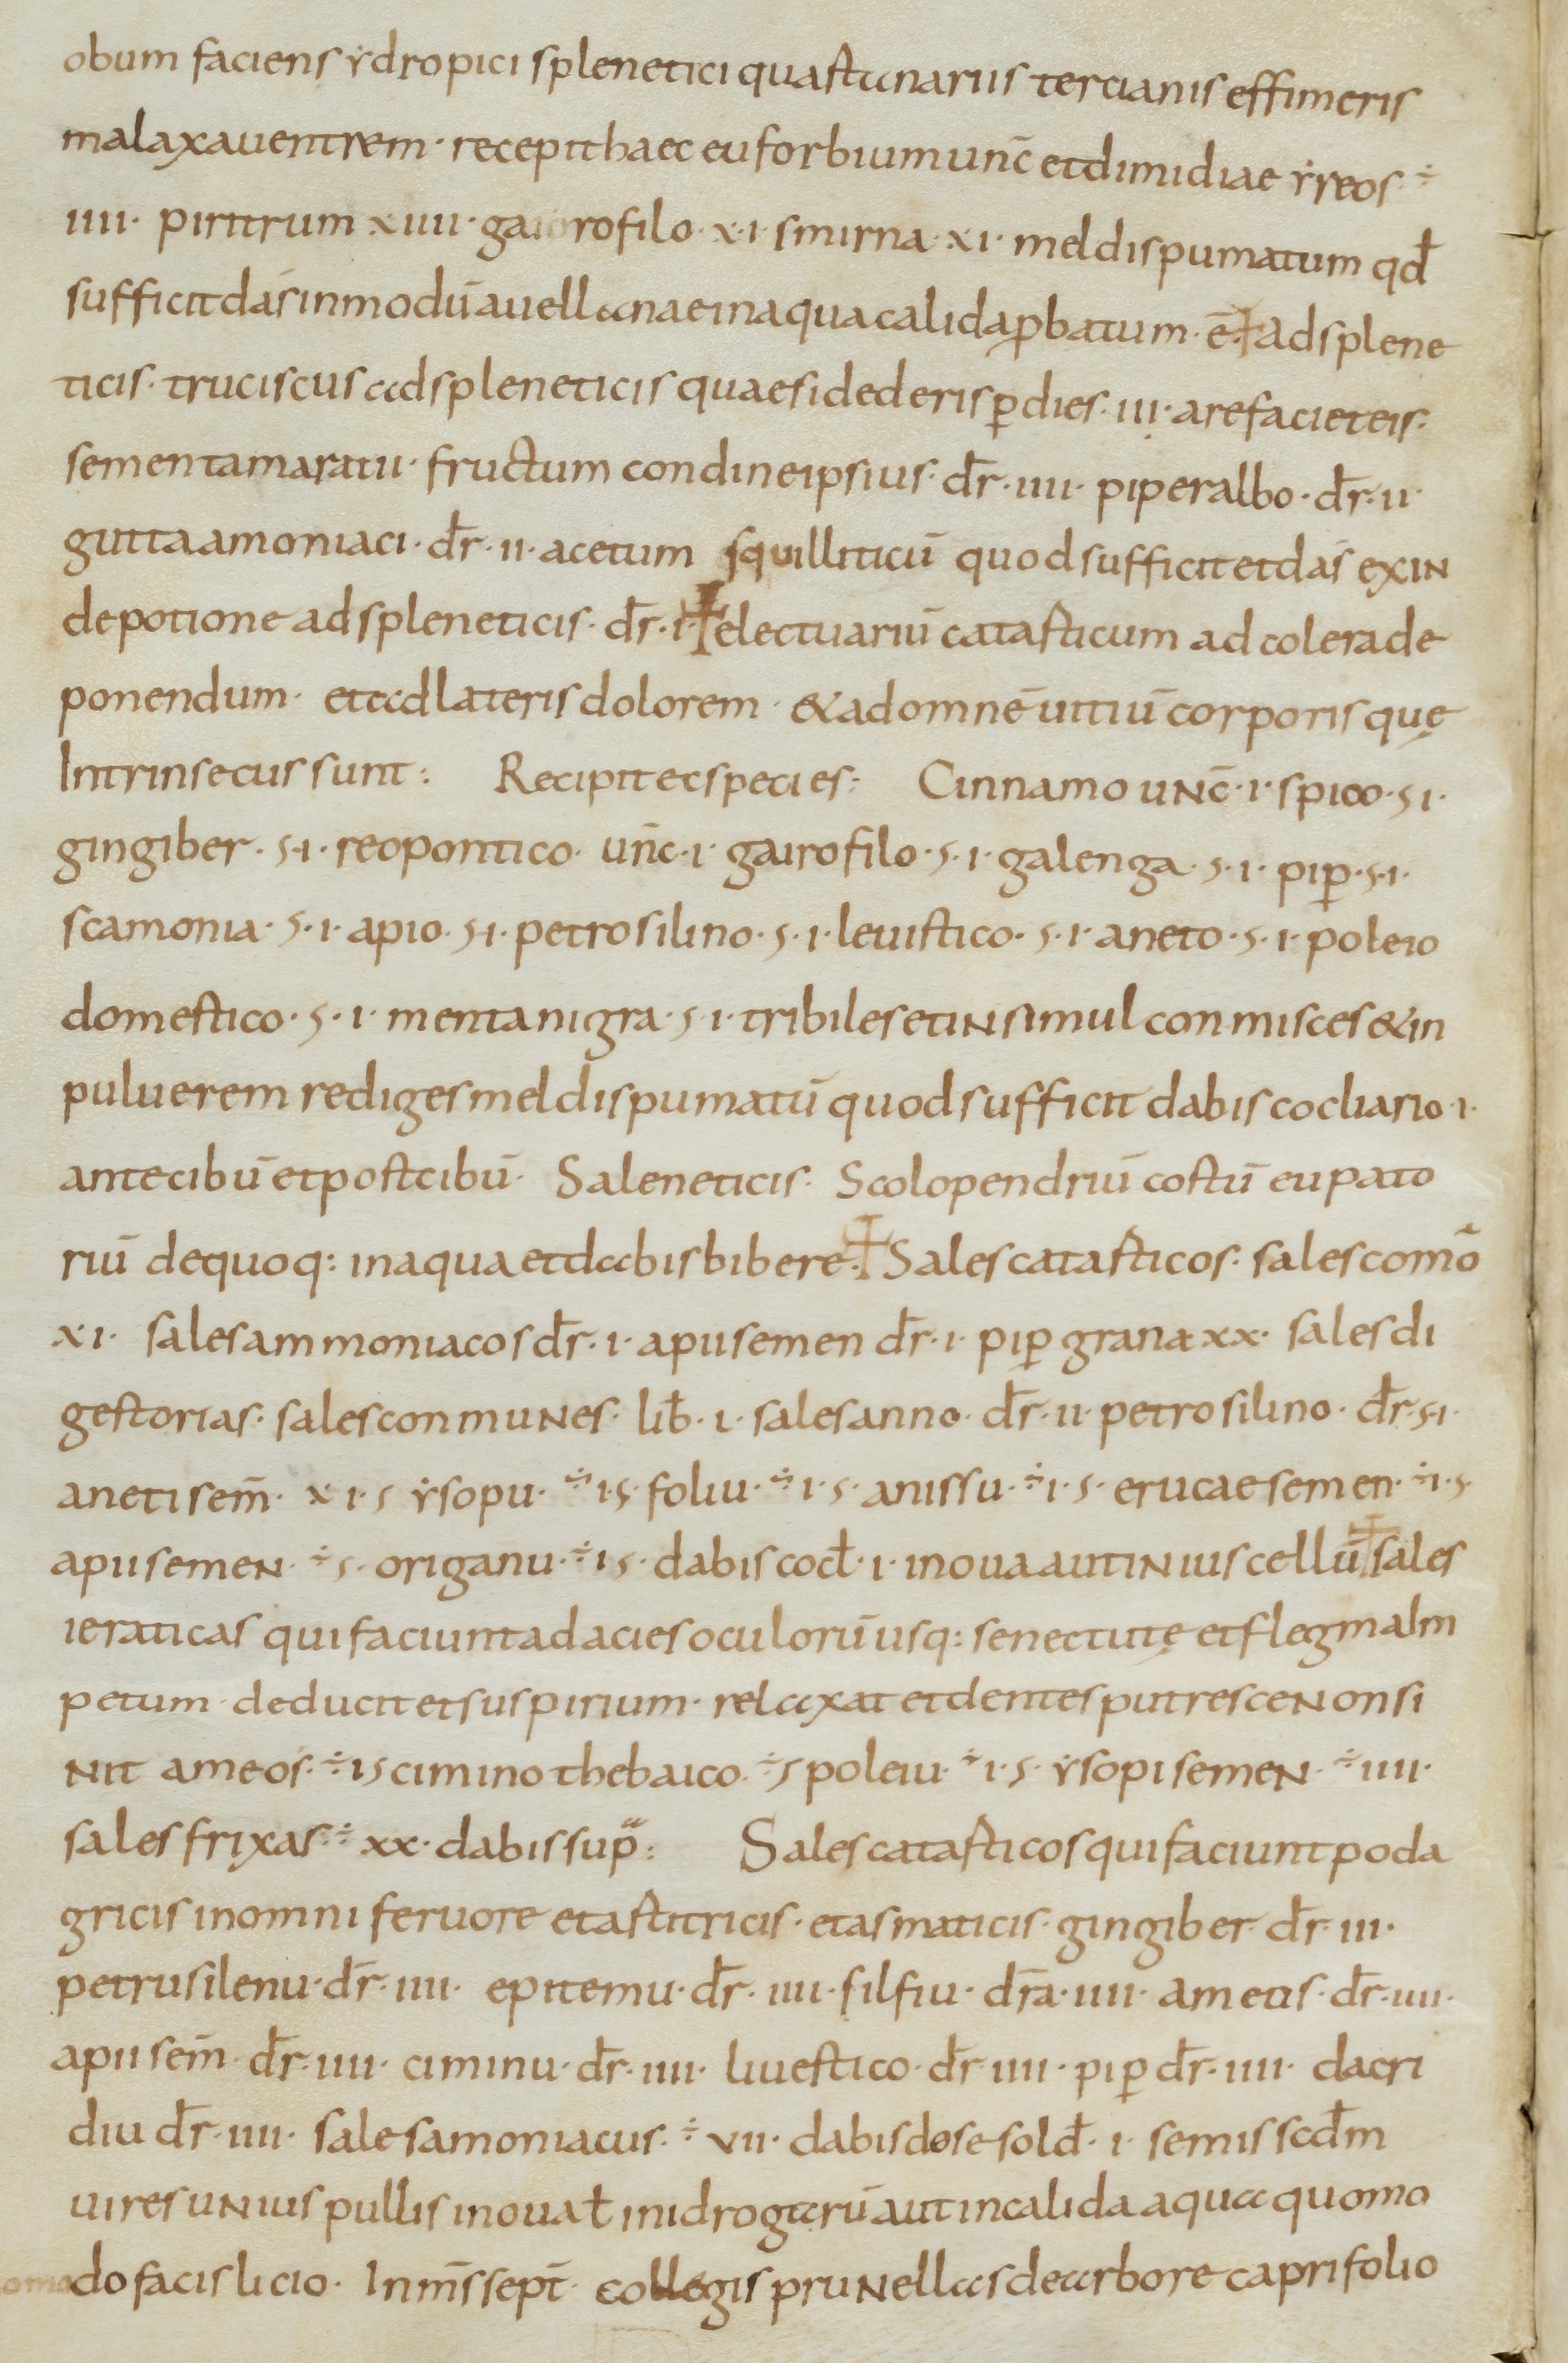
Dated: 800–899